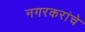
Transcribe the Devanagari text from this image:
नगरकरांचे